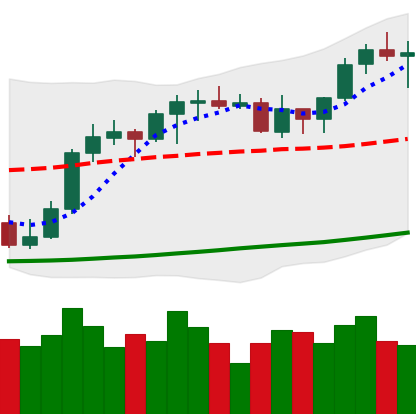
Ticker: ETH-USD
Chart end date: 2021-10-17
Forward return: 3.199%
Label: up_3_5